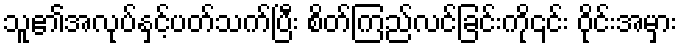
သူ၏အလုပ်နှင့်ပတ်သက်ပြီး စိတ်ကြည်လင်ခြင်းကို၎င်း ဝိုင်းအမှား